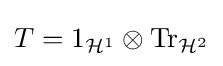
T=1_{{\mathcal {H}}^{1}}\otimes \mathrm {Tr} _{{\mathcal {H}}^{2}}